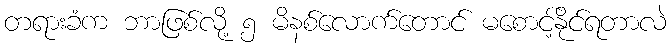
တရားခံက ဘာဖြစ်လို့ ၅ မိနစ်လောက်တောင် မစောင့်နိုင်ရတာလဲ